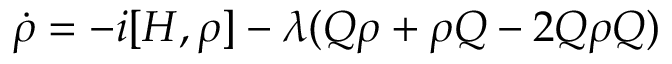
\dot { \rho } = - i [ H , \rho ] - \lambda ( Q \rho + \rho Q - 2 Q \rho Q )